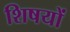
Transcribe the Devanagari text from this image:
शिषयों